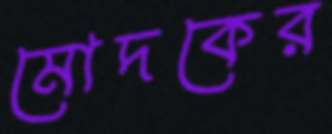
মোদকের